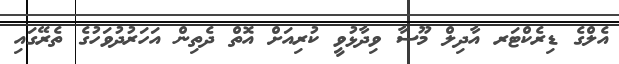
އެލްގެ ޑިރެކްޓަރ އާދިލް މޫސާ ވިދާޅުވީ ކުރިއަށް އޮތް ދެތިން އަހަރުދުވަހުގެ ތެރޭގައި